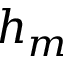
h _ { m }